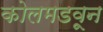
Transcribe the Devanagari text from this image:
कोलमडवून